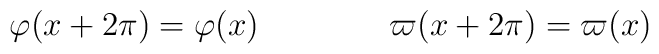
\varphi(x+2\pi)=\varphi(x)\qquad\qquad   \varpi(x+2\pi)=\varpi(x)